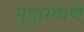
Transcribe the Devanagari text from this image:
मुद्दामपणे